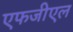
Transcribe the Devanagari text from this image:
एफजीएल